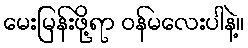
မေးမြန်းဖို့ရာ ဝန်မလေးပါနဲ့။